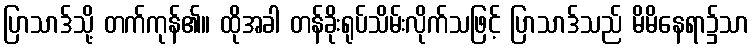
ပြာသာဒ်သို့ တက်ကုန်၏။ ထိုအခါ တန်ခိုးရုပ်သိမ်းလိုက်သဖြင့် ပြာသာဒ်သည် မိမိနေရာ၌သာ